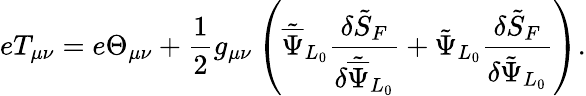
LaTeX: eT_{\mu\nu}=e\Theta_{\mu\nu}+\frac{1}{2}g_{\mu\nu}\left({\tilde{\overline{{\Psi}}}}_{L_{0}}\frac{\delta{\tilde{S}}_{F}}{\delta{\tilde{\overline{{\Psi}}}}_{L_{0}}}+{\tilde{\Psi}}_{L_{0}}\frac{\delta{\tilde{S}}_{F}}{\delta{\tilde{\Psi}}_{L_{0}}}\right).